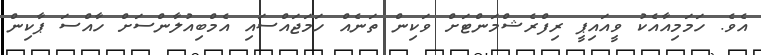
އެވެ. ހަމަމިއާއެކު ވީއައިޕީ ރިފްރެޝްމަންޓަށް ވަކިން ތަނެއް ހަމަޖައްސައި އެމްބިއުލާންސަށް ހާއްސަ ޕާކިން